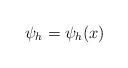
LaTeX: \begin{align*}\psi _h =\psi _h (x) \end{align*}